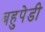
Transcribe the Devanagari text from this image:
बहुपेडी